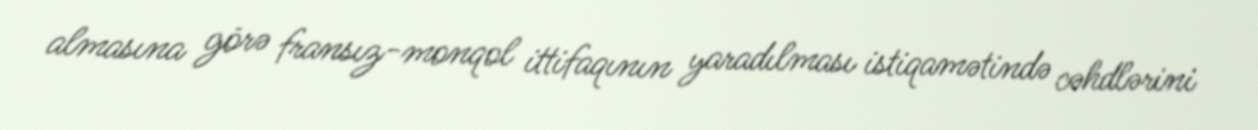
almasına görə fransız-monqol ittifaqının yaradılması istiqamətində cəhdlərini